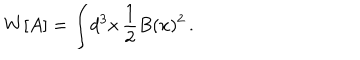
LaTeX: W [ A ] = \int \! d ^ { 3 } x \, \frac { 1 } { 2 } B ( x ) ^ { 2 } \, .